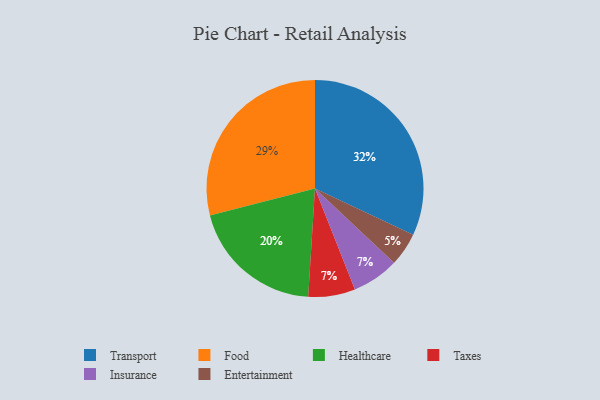
{"axis": {"x": "Category", "y": "Percentage"}, "legend": ["Entertainment", "Food", "Healthcare", "Insurance", "Taxes", "Transport"], "data": [{"x": "Healthcare", "y": 20, "type": "Healthcare"}, {"x": "Transport", "y": 32, "type": "Transport"}, {"x": "Food", "y": 29, "type": "Food"}, {"x": "Taxes", "y": 7, "type": "Taxes"}, {"x": "Entertainment", "y": 5, "type": "Entertainment"}, {"x": "Insurance", "y": 7, "type": "Insurance"}]}